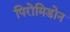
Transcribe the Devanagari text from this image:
पिरोमिडोन